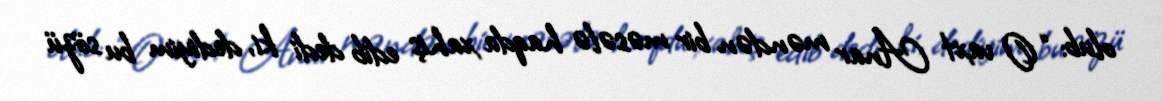
olub: “O vaxt Anar məndən bir məsələ haqda xahiş edib dedi ki, dediyim bu sözü